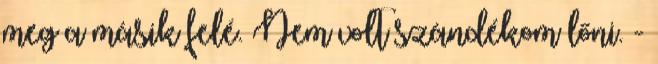
meg a másik felé. Nem volt szándékom lőni. -